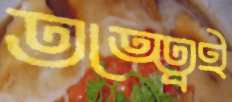
তত্ত্বেই